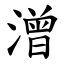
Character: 潧